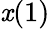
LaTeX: \mathit{x}(1)